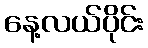
နေ့လယ်ပိုင်း